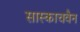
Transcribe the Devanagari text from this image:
सास्काचवैन